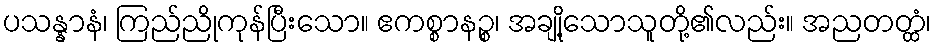
ပသန္နာနံ၊ ကြည်ညိုကုန်ပြီးသော။ ဧကစ္စာနဉ္စ၊ အချို့သောသူတို့၏လည်း။ အညတတ္ထံ၊